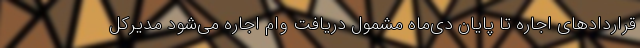
قراردادهای اجاره تا پایان دی‌ماه مشمول دریافت وام اجاره می‌شود مدیرکل